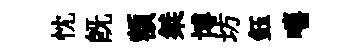
忱旣額桀博坊鈺嘻